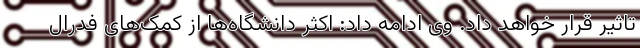
تاثیر قرار خواهد داد. وی ادامه داد: اکثر دانشگاه‌ها از کمک‌های فدرال